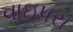
વાઇપરા